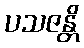
ပသဇန္တိ